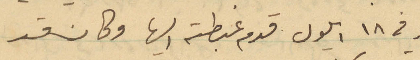
وفي ١٨ أيلول قدم غبطته اليها وكان نفر